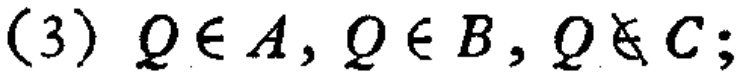
(3) \(Q\in A, Q\in B, Q\notin C;\)